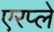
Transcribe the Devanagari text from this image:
एरप्ले